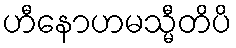
ဟီနောဟမသ္မီတိပိ